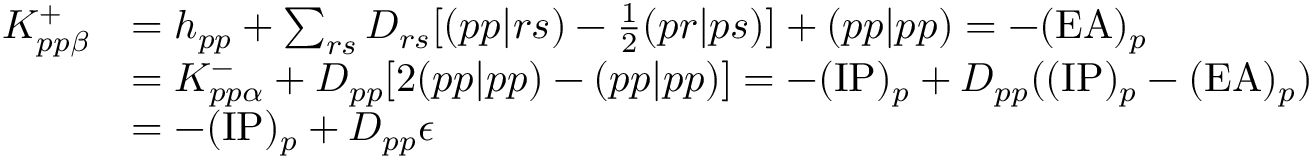
\begin{array} { r l } { K _ { p p \beta } ^ { + } } & { = h _ { p p } + \sum _ { r s } D _ { r s } [ ( p p | r s ) - \frac { 1 } { 2 } ( p r | p s ) ] + ( p p | p p ) = - ( \mathrm { E A } ) _ { p } } \\ & { = K _ { p p \alpha } ^ { - } + D _ { p p } [ 2 ( p p | p p ) - ( p p | p p ) ] = - ( \mathrm { I P } ) _ { p } + D _ { p p } ( ( \mathrm { I P } ) _ { p } - ( \mathrm { E A } ) _ { p } ) } \\ & { = - ( \mathrm { I P } ) _ { p } + D _ { p p } \epsilon } \end{array}